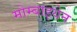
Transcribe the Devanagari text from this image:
मोम्बाइयेन